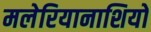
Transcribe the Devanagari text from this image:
मलेरियानाशियों